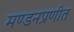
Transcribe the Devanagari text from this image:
मण्डनप्रणीत